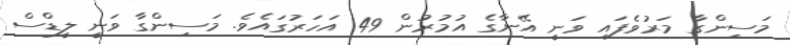
މަސިންގާ މަރުވެފައި ވަނީ އޭނާގެ އުމުރުން 49 އަހަރުގައެވެ. މަސިންގާ ވަނީ ލީޑްސް